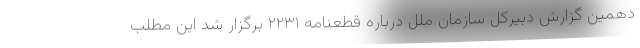
دهمین گزارش دبیرکل سازمان ملل درباره قطعنامه ۲۲۳۱ برگزار شد این مطلب